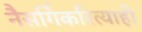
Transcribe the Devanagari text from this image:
नैसर्गिकरित्याही